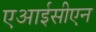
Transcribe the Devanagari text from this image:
एआईसीएन